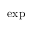
\mathrm { e x p }